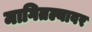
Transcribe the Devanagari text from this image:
मागितल्यावर